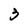
Character: 3